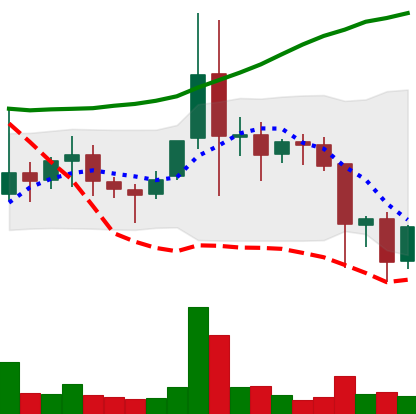
Ticker: ETC-USD
Chart end date: 2021-11-19
Forward return: -4.702%
Label: down_3_5